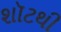
શૉટથી